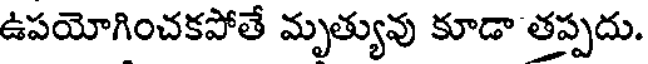
ఉపయోగించకపోతే మృత్యువు కూడా తప్పదు.